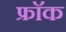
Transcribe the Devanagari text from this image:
फ्राॅक